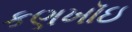
કણખૉઇ